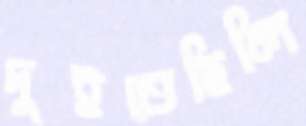
দুইতেছিলি